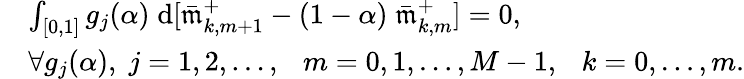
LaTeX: \begin{array}{rl}&{\int_{[0,1]}g_{j}(\alpha)\; \mathrm{d}[\bar{\mathfrak{m}}_{k,m+1}^{+}-(1-\alpha)\; \bar{\mathfrak{m}}_{k,m}^{+}]=0,}\\ &{\forall g_{j}(\alpha),\; j=1,2,\ldots,\ \ \ m=0,1,\ldots,M-1,\ \ \ k=0,\ldots,m.}\end{array}